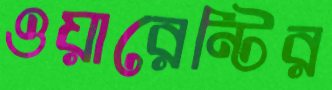
ওয়ারেন্টির